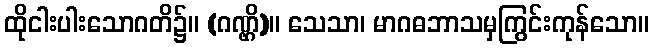
ထိုငါးပါးသောဂတိ၌။ (ဂဏ္ဌိ)။ သေသာ၊ မာဂဓဘာသမှကြွင်းကုန်သော။